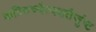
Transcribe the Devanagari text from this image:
कञ्चिच्चैत्यशतैर्जुष्ट